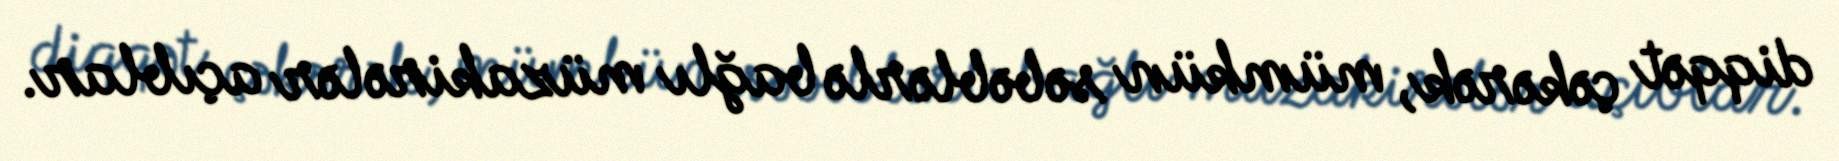
diqqət çəkərək, mümkün səbəblərlə bağlı müzakirələr açıblar.